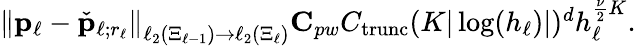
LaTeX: \begin{array}{r}{\left\| \boldsymbol{\mathbf{p}}_{\ell}-\check{\boldsymbol{\mathbf{p}}}_{\ell;r_{\ell}}\right\| _{\ell_{2}(\Xi_{\ell-1})\to\ell_{2}(\Xi_{\ell})}\le C_{pw}C_{\mathrm{trunc}}(K|\log(h_{\ell})|)^{d}h_{\ell}^{\frac{\nu}{2}K}.}\end{array}